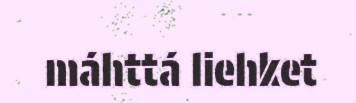
máhttá liehket